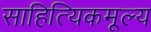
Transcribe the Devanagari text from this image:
साहित्यिकमूल्य